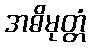
အဓိမုတ္တံ